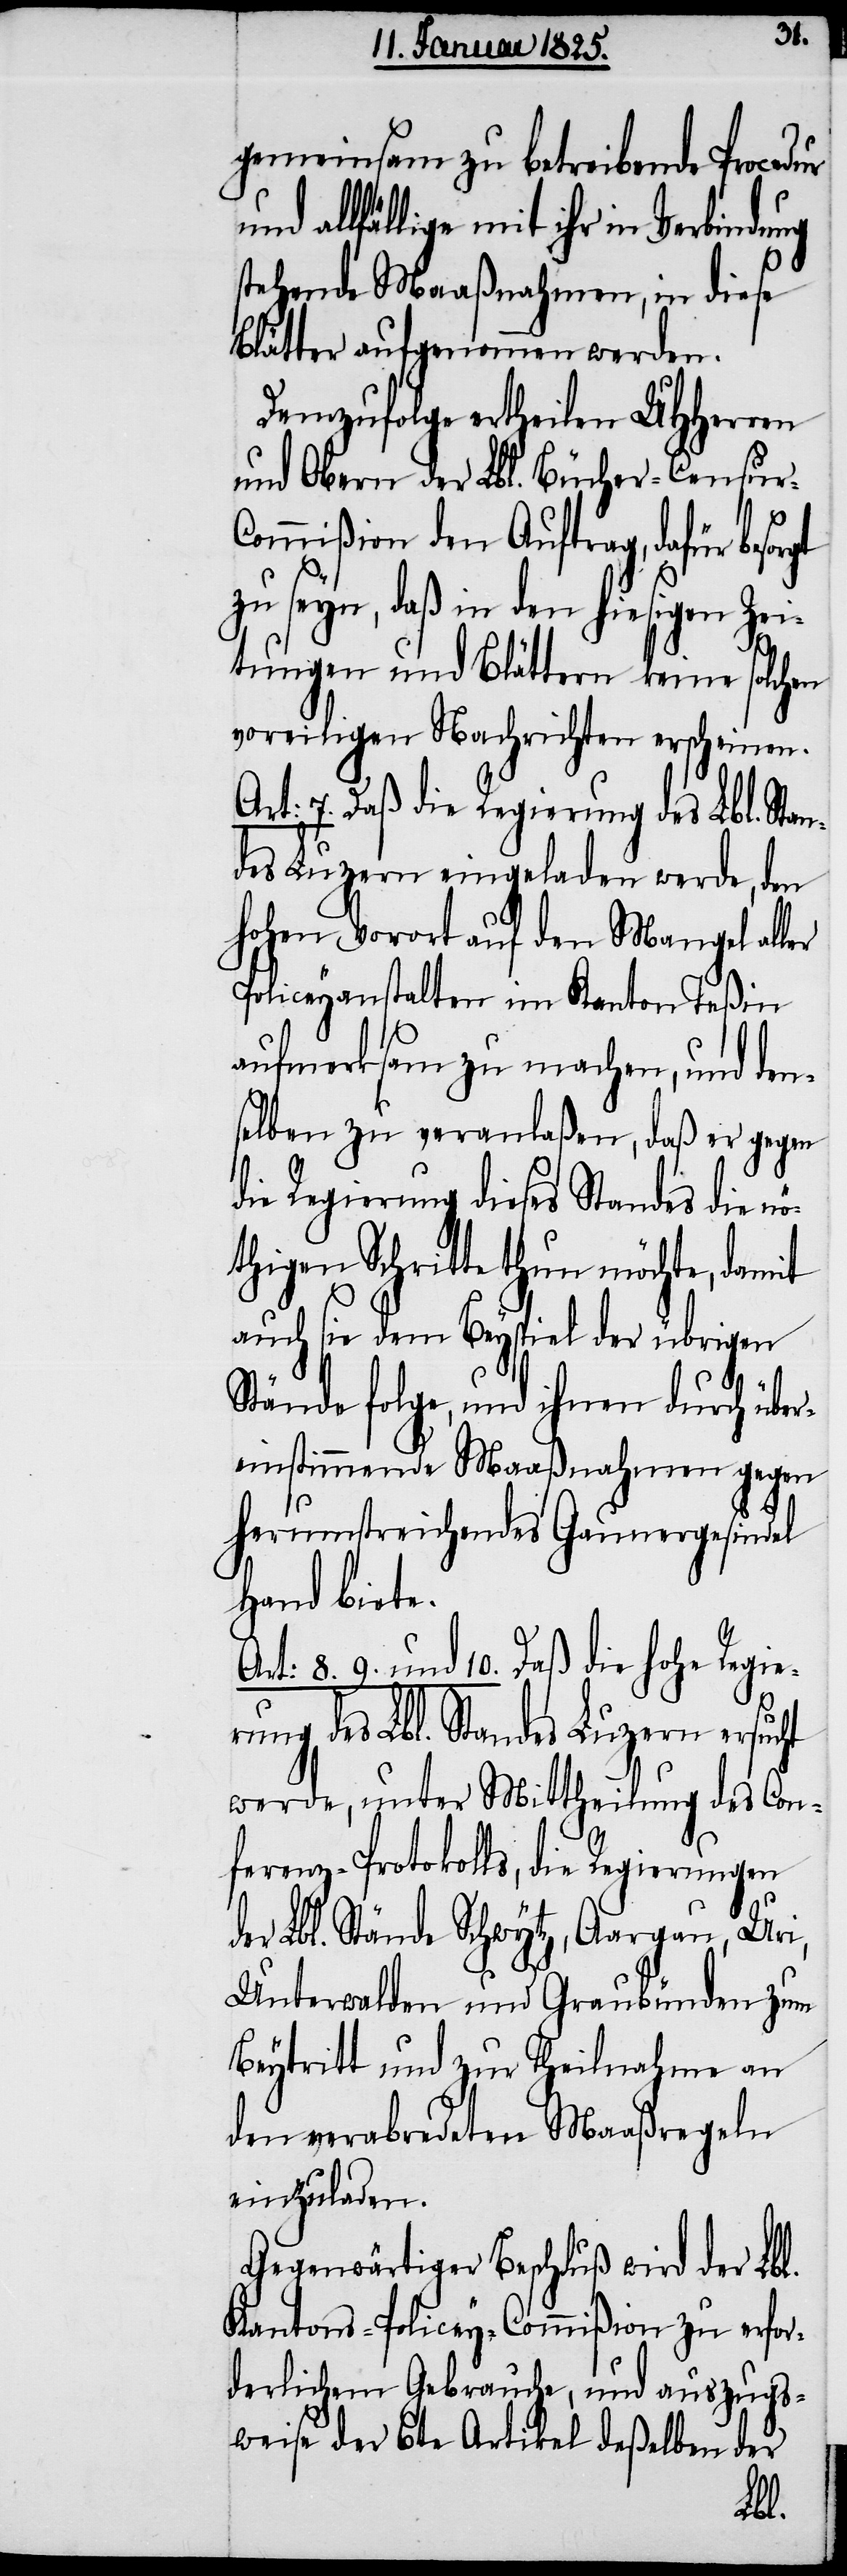
gemeinsam zu betreibende Proce¬
allfällige mit ihr in Verbindung
stehende Maaßnahmen, in diese
Blätter aufgenommen werden.
Demzufolge ertheilen UHHerren
und Obern der Lbl. Bücher-Censur-C¬
ommißion den Auftrag, dafür be¬
zu seyn, daß in den hiesigen Zei¬
tungen und Blättern keine solchen
voreiligen Nachrichten erscheinen.
Art: 7. Daß die Regierung des Lbl. Sta¬
des Luzern eingeladen werde, den
hohen Vorort auf den Mangel aller
Policeyanstalten im Kanton Teßin
aufmerksam zu machen, und den¬
selben zu veranlaßen, daß er gegen
die Regierung dieses Standes die n¬
öthigen Schritte thun möchte, damit
auch sie dem Beyspiel der übrigen
Stände folge, und ihnen durch über¬
einstimmende Maaßnahmen gegen
herumstreichendes Gaunergesindel
Hand biete.
8. 9. und 10. Daß die hohe Regie¬
rung des Lbl. Standes Luzern ersucht
werde, unter Mittheilung des Con¬
ferenz-Protokolls, die Regierungen
der Lbl. Stände Schwytz, Aargau, Uri,
Unterwalden und Graubünden zum
Beytritt und zur Theilnahme an
den verabredeten Maaßregeln
einzuladen.
Gegenwärtiger Beschluß wird der Lbl.
Kantons-Policey-Commißion zu erfor¬
derlichem Gebrauche, und auszugs¬
weise der 6te Artikel deßelben der
n¬